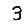
Digit: 3